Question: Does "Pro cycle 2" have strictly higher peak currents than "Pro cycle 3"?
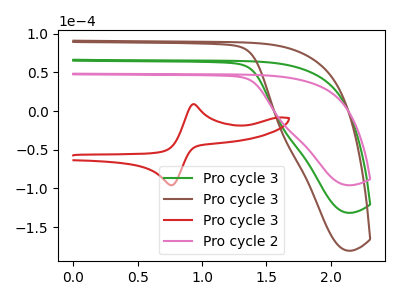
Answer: <think>The green curve "Pro cycle 3" has no peaks. The brown curve "Pro cycle 3" has no peaks. The red curve "Pro cycle 3" has an anodic peak at (0.95V, 8.95uA) and a cathodic peak at (0.75V, -95.90uA). The pink curve "Pro cycle 2" has no peaks.</think>
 <answer>Niether CV has any peaks.</answer>
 <eval>blanks</eval>